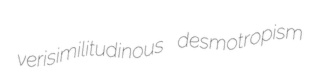
verisimilitudinous desmotropism